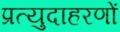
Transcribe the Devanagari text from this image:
प्रत्युदाहरणों